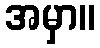
အမှာ။